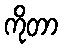
ကိုတာ